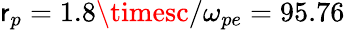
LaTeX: \mathsf{r}_{p}=1.8\timesc/\omega_{pe}=95.76